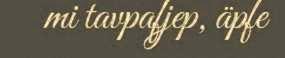
mi tavpafjep, äpfe